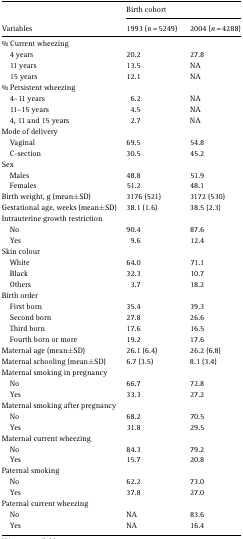
|  | <COLSPAN=2> Birth cohort |
 | Variables | 1993 (n=5249) | 2004 (n=4288) |
 | --- | --- | --- |
 | <COLSPAN=3> % Current wheezing |
 | 4 years | 20.2 | 27.8 |
 | 11 years | 13.5 | NA |
 | 15 years | 12.1 | NA |
 | <COLSPAN=3> % Persistent wheezing |
 | 4–11 years | 6.2 | NA |
 | 11–15 years | 4.5 | NA |
 | 4, 11 and 15 years | 2.7 | NA |
 | <COLSPAN=3> Mode of delivery |
 | Vaginal | 69.5 | 54.8 |
 | C-section | 30.5 | 45.2 |
 | <COLSPAN=3> Sex |
 | Males | 48.8 | 51.9 |
 | Females | 51.2 | 48.1 |
 | Birth weight, g (mean ± SD) | 3176 (521) | 3172 (530) |
 | Gestational age, weeks (mean ± SD) | 38.1 (1.6) | 38.5 (2.3) |
 | <COLSPAN=3> Intrauterine growth restriction |
 | No | 90.4 | 87.6 |
 | Yes | 9.6 | 12.4 |
 | <COLSPAN=3> Skin colour |
 | White | 64.0 | 71.1 |
 | Black | 32.3 | 10.7 |
 | Others | 3.7 | 18.2 |
 | <COLSPAN=3> Birth order |
 | First born | 35.4 | 39.3 |
 | Second born | 27.8 | 26.6 |
 | Third born | 17.6 | 16.5 |
 | Fourth born or more | 19.2 | 17.6 |
 | Maternal age (mean ± SD) | 26.1 (6.4) | 26.2 (6.8) |
 | Maternal schooling (mean ± SD) | 6.7 (3.5) | 8.1 (3.4) |
 | <COLSPAN=3> Maternal smoking in pregnancy |
 | No | 66.7 | 72.8 |
 | Yes | 33.3 | 27.2 |
 | <COLSPAN=3> Maternal smoking after pregnancy |
 | No | 68.2 | 70.5 |
 | Yes | 31.8 | 29.5 |
 | <COLSPAN=3> Maternal current wheezing |
 | No | 84.3 | 79.2 |
 | Yes | 15.7 | 20.8 |
 | <COLSPAN=3> Paternal smoking |
 | No | 62.2 | 73.0 |
 | Yes | 37.8 | 27.0 |
 | <COLSPAN=3> Paternal current wheezing |
 | No | NA | 83.6 |
 | Yes | NA | 16.4 |